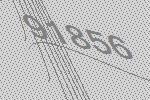
91856